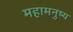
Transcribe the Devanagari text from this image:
महामनुष्य